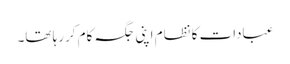
عبادات کا نظام اپنی جگہ کام کررہا تھا۔